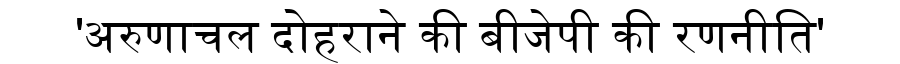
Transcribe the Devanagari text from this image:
'अरुणाचल दोहराने की बीजेपी की रणनीति'